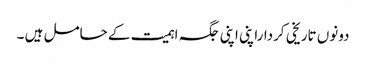
دونوں تاریخی کرداراپنی اپنی جگہ اہمیت کے حامل ہیں ۔